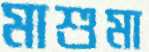
মাশুমা